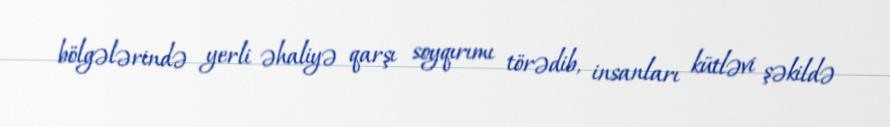
bölgələrində yerli əhaliyə qarşı soyqırımı törədib, insanları kütləvi şəkildə